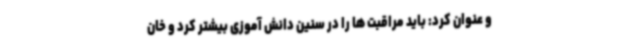
و عنوان کرد: باید مراقبت ها را در سنین دانش آموزی بیشتر کرد و خان